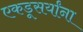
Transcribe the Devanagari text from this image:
एकडूसर्यांना